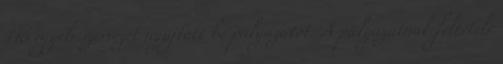
116 egyéb szervezet nyújtott be pályázatot. A pályázatnak feltétele